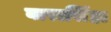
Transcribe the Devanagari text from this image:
बारासिंहा